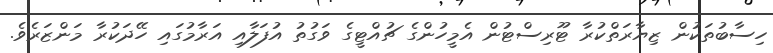
ހިސާބުތަކުން ޒިޔާރަތްކުރާ ޓޫރިސްޓުން އެމީހުންގެ ޗުއްޓީގެ ވަގުތު އުފަލާއި އަރާމުގައި ހޭދަކުރާ މަންޒަރެވެ.